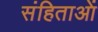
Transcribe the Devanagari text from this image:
संहिताआें